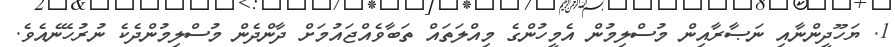
1. ޔަހޫދީންނާއި ނަޞާރާއިން މުސްލިމުން އެމީހުންގެ މިއްލަތައް ތަބާވެއްޖައުމަށް ދާންދެން މުސްލިމުންދެކެ ނުރުހޭނެއެވެ.